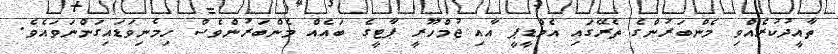
ތާއީދުކުރެއްވި މެންބަރުންގެ ތެރޭގައި އެމްޑީޕީ އާއި ޖުމްހޫރީ ޕާޓީގެ ބައެއް މެންބަރުންވެސް ހިމެނިވަޑައިގަންނަވައެވެ.